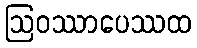
ဩဝဿာပေဿထ